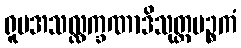
ရူပအသလ္လက္ခဏာဒိသုတ္တပဉ္စကံ